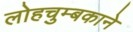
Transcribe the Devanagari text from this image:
लोहचुम्बकाने